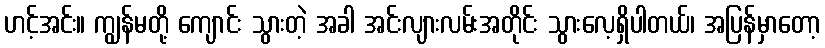
ဟင့်အင်း။ ကျွန်မတို့ ကျောင်း သွားတဲ့ အခါ အင်းလျားလမ်းအတိုင်း သွားလေ့ရှိပါတယ်၊ အပြန်မှာတော့